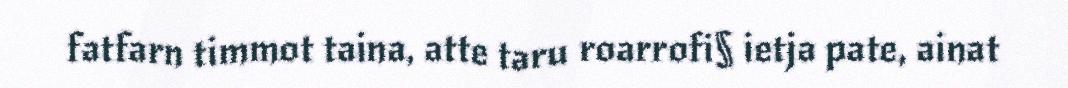
fatfarn timmot taina, atte taru roarrofi§ ietja pate, ainat